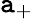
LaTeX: \mathtt{a}_{+}